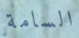
السامة